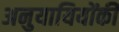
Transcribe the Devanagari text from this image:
अनुयायियोंकी